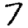
Digit: 7